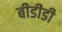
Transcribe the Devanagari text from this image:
बीडीडी